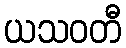
ယသဝတီ